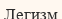
Легизм